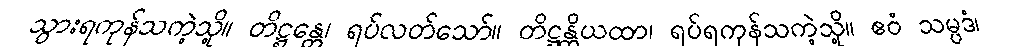
သွားရကုန်သကဲ့သို့။ တိဋ္ဌန္တေ၊ ရပ်လတ်သော်။ တိဋ္ဌန္တိယထာ၊ ရပ်ရကုန်သကဲ့သို့။ ဧဝံ သမ္ပဒံ၊